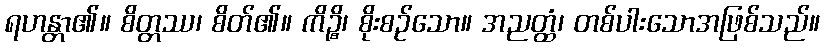
ရဟန္တာ၏။ စိတ္တဿ၊ စိတ်၏။ ကိဉ္စိ၊ စိုးစဉ်သော။ အညတ္ထံ၊ တစ်ပါးသောအဖြစ်သည်။